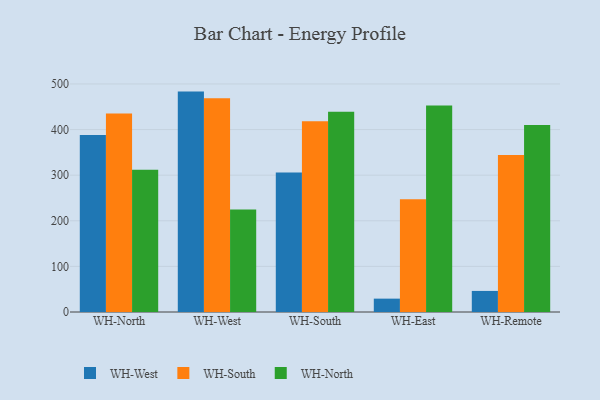
{"axis": {"x": "Warehouse", "y": "Churn Rate (%)"}, "legend": ["WH-North", "WH-South", "WH-West"], "data": [{"x": "WH-North", "y": 388.2, "type": "WH-West"}, {"x": "WH-North", "y": 435.5, "type": "WH-South"}, {"x": "WH-North", "y": 312.1, "type": "WH-North"}, {"x": "WH-West", "y": 483.3, "type": "WH-West"}, {"x": "WH-West", "y": 468.6, "type": "WH-South"}, {"x": "WH-West", "y": 224.8, "type": "WH-North"}, {"x": "WH-South", "y": 305.7, "type": "WH-West"}, {"x": "WH-South", "y": 418.1, "type": "WH-South"}, {"x": "WH-South", "y": 439.3, "type": "WH-North"}, {"x": "WH-East", "y": 29.3, "type": "WH-West"}, {"x": "WH-East", "y": 247.4, "type": "WH-South"}, {"x": "WH-East", "y": 452.9, "type": "WH-North"}, {"x": "WH-Remote", "y": 46.2, "type": "WH-West"}, {"x": "WH-Remote", "y": 344.4, "type": "WH-South"}, {"x": "WH-Remote", "y": 410.2, "type": "WH-North"}]}